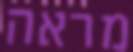
מראה